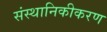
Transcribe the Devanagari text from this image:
संस्थानिकीकरण